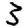
Digit: 3